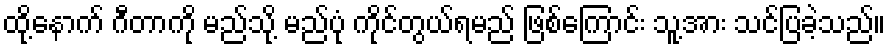
ထို့နောက် ဂီတာကို မည်သို့ မည်ပုံ ကိုင်တွယ်ရမည် ဖြစ်ကြောင်း သူ့အား သင်ပြခဲ့သည်။